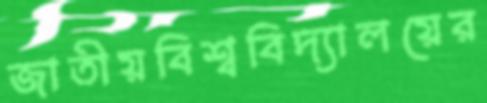
জাতীয়বিশ্ববিদ্যালয়ের